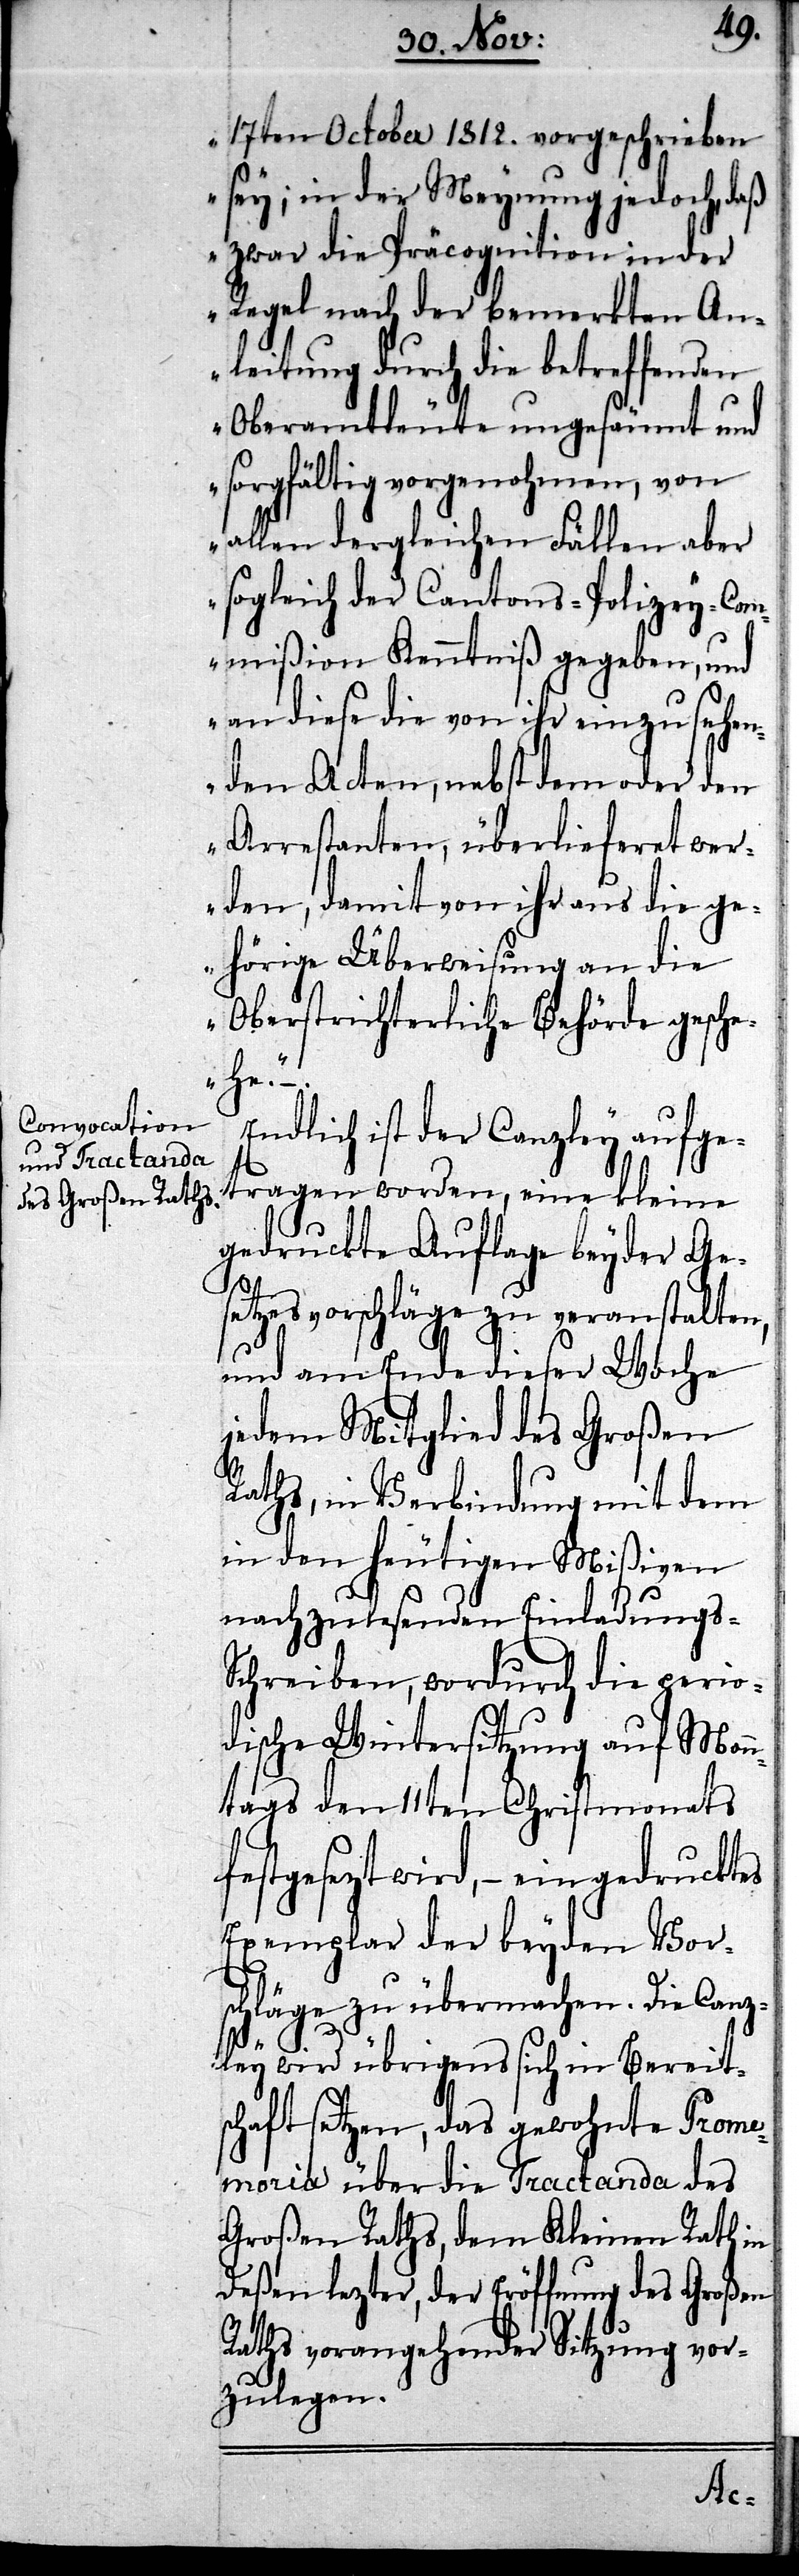
17ten October 1812. vorgeschrieben
sey; in der Meynung jedoch, daß
zwar die Präcognition in der
Regel nach der bemerkten An¬
leitung durch die betreffenden
Oberamtleute ungesäumt und
sorgfältig vorgenohmen, von
allen dergleichen Fällen aber
sogleich der Cantons-Polizey-Com¬
mißion Kenntniß gegeben, und
an diese die von ihr einzusehen¬
den Acten, nebst dem oder den
Arrestanten, überlieferet wer¬
den, damit von ihr aus die ge¬
hörige Überweisung an die
Oberstrichterliche Behörde gesche¬
he.“
Endlich ist der Canzley aufge¬
tragen worden, eine kleine
gedruckte Auflage der bey¬
setzesvorschläge zu veranstalten,
und am Ende dieser Woche
jedem Mitglied des Großen
Raths, in Verbindung mit dem
in den heutigen Mißiven
nachzulesenden Einladungs-S¬
chreiben, wordurch die perio¬
dische Wintersitzung auf Mon¬
ntags den 11ten Christmonats
festgesezt wird, – ein ge¬
Exemplar der beyden Vor¬
schläge zu übermachen. Die Canz¬
ley wird übrigens sich in Bereit¬
schaft setzen, das gewohnte Prome¬
moria über die Tractanda des
Großen Raths, dem Kleinen Rath in
Deßen lezter, der Eröffnung des Großen
Raths vorangehender Sitzung vor¬
zulegen.
cktes